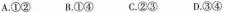
A.①② B.①④ C.②③ D.③④